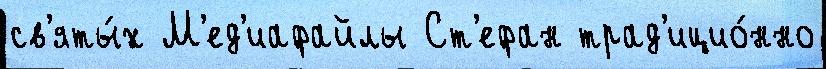
св'яты́х М'ед'иафайлы Ст'ефан трад'ицио́нно